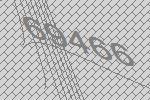
69466